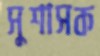
সুশাসক